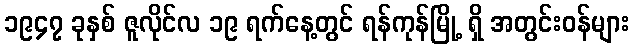
၁၉၄၇ ခုနှစ် ဇူလိုင်လ ၁၉ ရက်နေ့တွင် ရန်ကုန်မြို့ ရှိ အတွင်းဝန်များ